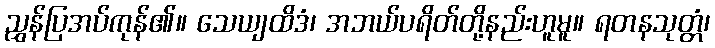
ညွှန်ပြအပ်ကုန်၏။ သေယျထိဒံ၊ အဘယ်ပရိတ်တို့နည်းဟူမူ။ ရတနသုတ္တံ၊